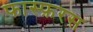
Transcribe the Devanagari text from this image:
फास्फ़रस